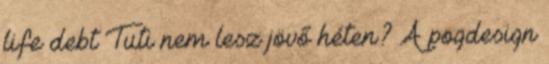
life debt Tuti nem lesz jövő héten? A pogdesign